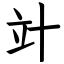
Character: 竍